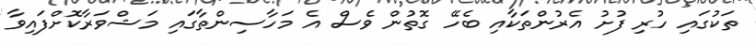
ތަކުގައި ހުރި ފުށު އެރުންތަކާއި ބެހޭ ގޮތުން ވެސް އެ މަހާސިންތާގައި މަޝްވަރާކޮށްފައިވާ